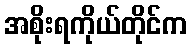
အစိုးရကိုယ်တိုင်က